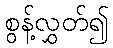
စွန့်လွှတ်၍